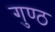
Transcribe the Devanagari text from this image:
गुण्ठ